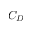
C _ { D }